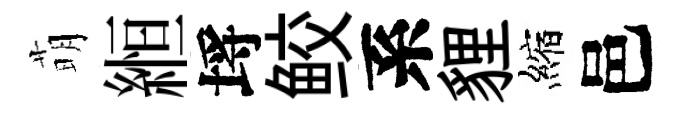
萌縆埓鲛系貍縮邑